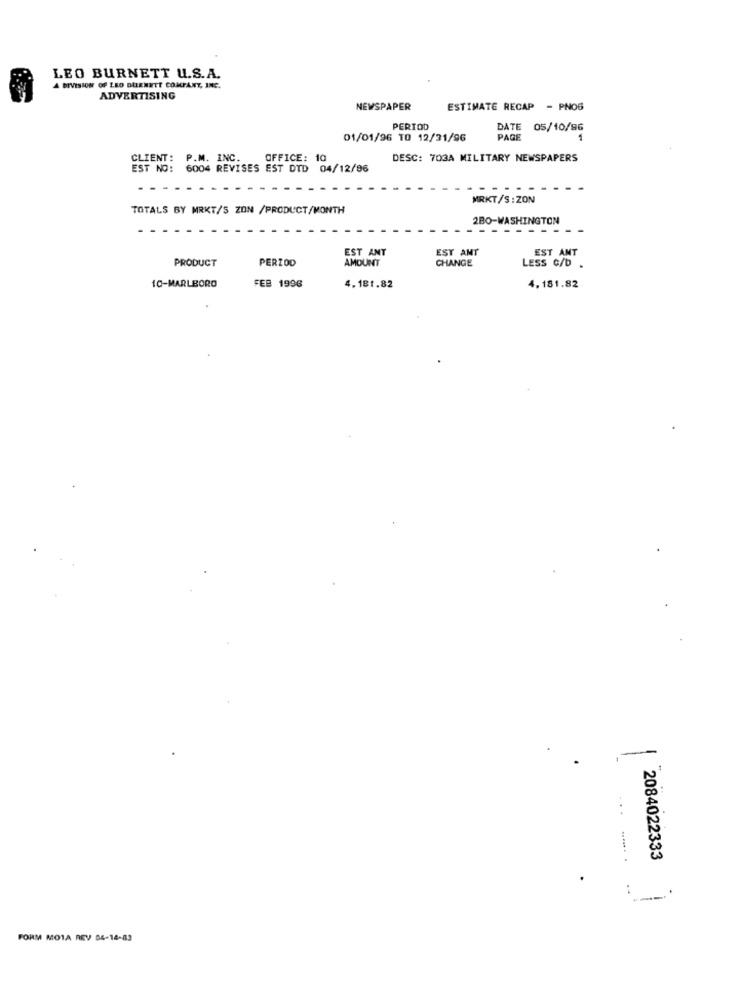
LEO BURNETT U.S.A.
A DIVISION OF LEO BURNETT COMPANY, INC.
ADVERTISING
NEWSPAPER
ESTIMATE RECAP - PNOS
PERIOD
DATE
05/10/96
01/01/96 TO 12/31/96
PAGE
CLIENT:
P.M. INC.
OFFICE: 10
DESC: 703A MILITARY NEWSPAPERS
EST NO:
6004 REVISES EST DID 04/12/96
MRKT/S :ZON
TOTALS BY MRKT/S ZON /PRODUCT/MONTH
2BO-WASHINGTON
EST ANT
EST AMT
PRODUCT
PERZOD
CHANGE
EST AMT
AMOUNT
LESS C/D .
FEB 1996
10-MARLBORO
4.181.82
4,181.82
-
...... .
2084022333
FORM MOTA REV 04-14-83